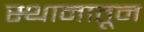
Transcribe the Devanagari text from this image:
स्थानातून